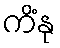
ကိံနု